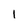
Character: 1